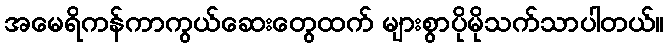
အမေရိကန်ကာကွယ်ဆေးတွေထက် များစွာပိုမိုသက်သာပါတယ်။